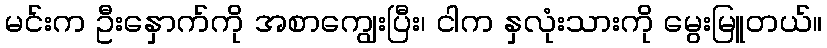
မင်းက ဦးနှောက်ကို အစာကျွေးပြီး၊ ငါက နှလုံးသားကို မွေးမြူတယ်။